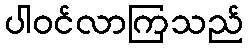
ပါဝင်လာကြသည်